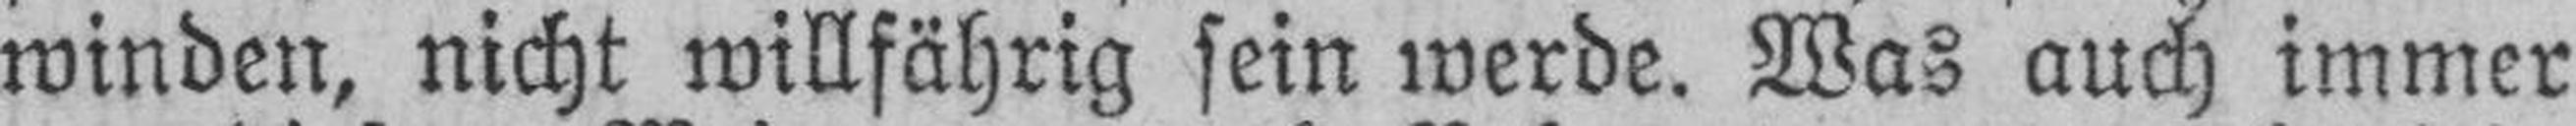
winden, nicht willfährig sein werde. Was auch immer